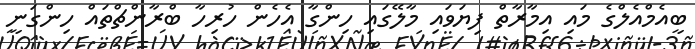
ބީއެމްއެލްގެ މައި އިމާރާތް ފިޔަވައި މާލޭގައި ހިންގާ އެހެން ހުރިހާ ބްރާންޗްތައް ހިންގަނީ